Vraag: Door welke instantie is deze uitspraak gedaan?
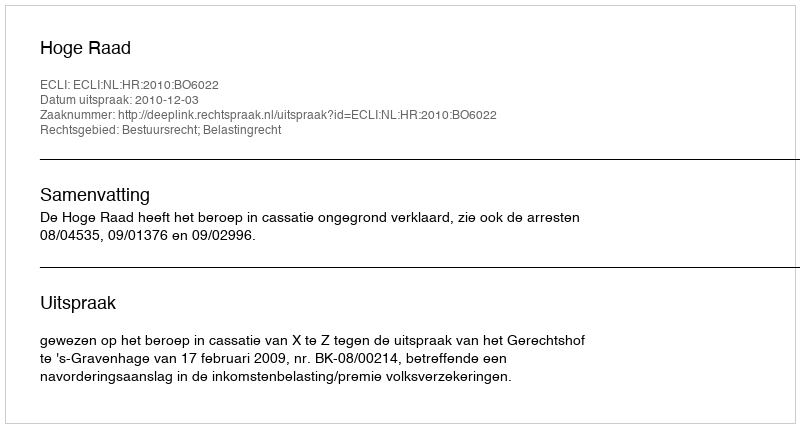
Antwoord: Hoge Raad